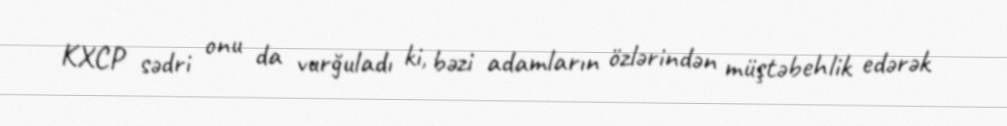
KXCP sədri onu da vurğuladı ki, bəzi adamların özlərindən müştəbehlik edərək